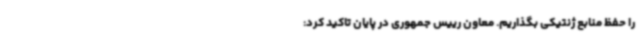
را حفظ منابع ژنتیکی بگذاریم. معاون رییس جمهوری در پایان تاکید کرد: